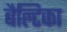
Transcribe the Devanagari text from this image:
बैल्टिका